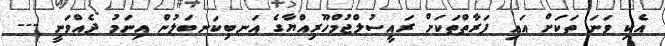
އެކި ވަނަ ތަކަށް އައި ފަރާތްތަކަށް ރައީސުލްޖުމްހޫރިއްޔާގެ އަނބިކަނބަލުން އިނަމު ދެއްވަނީ ---